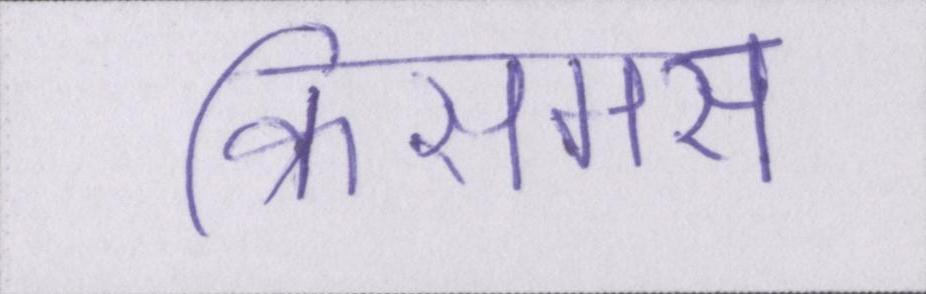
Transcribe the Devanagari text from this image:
क्रिसमस